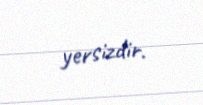
yersizdir.